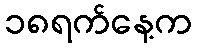
၁၈ရက်နေ့က